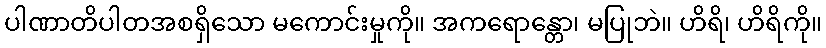
ပါဏာတိပါတအစရှိသော မကောင်းမှုကို။ အကရောန္တော၊ မပြုဘဲ။ ဟိရိ၊ ဟိရိကို။